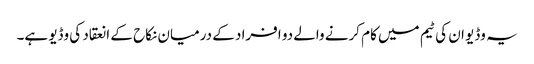
یہ وڈیو ان کی ٹیم میں کام کرنے والے دو افراد کے درمیان نکاح کے انعقاد کی وڈیو ہے۔